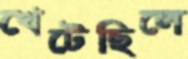
খেটেছিলে